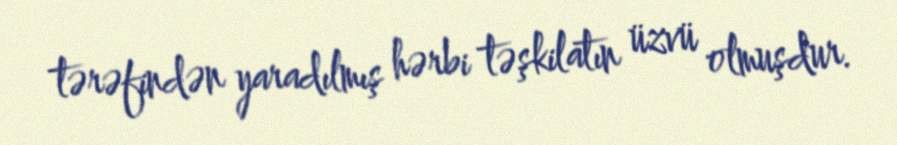
tərəfindən yaradılmış hərbi təşkilatın üzvü olmuşdur.